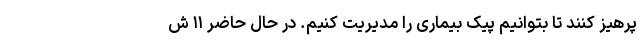
پرهیز کنند تا بتوانیم پیک بیماری را مدیریت کنیم. در حال حاضر ۱۱ ش